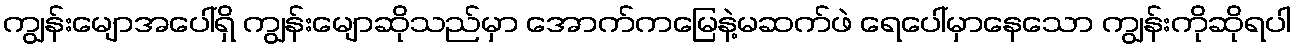
ကျွန်းမျောအပေါ်ရှိ ကျွန်းမျောဆိုသည်မှာ အောက်ကမြေနဲ့မဆက်ဖဲ ရေပေါ်မှာနေသော ကျွန်းကိုဆိုရပါ